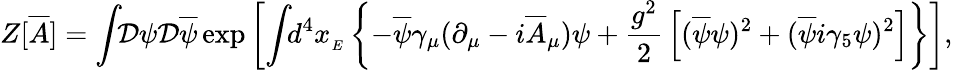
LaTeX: Z[{\overline{{{A}}}}]=\int\! \! {\mathcal{D}}\psi{\mathcal{D}}{\overline{{\psi}}}\exp\left[\int\! \! d^{4}x_{_{E}}\left\{ -{\overline{{\psi}}}\gamma_{\mu}(\partial_{\mu}-i{\overline{{{A}}}}_{\mu})\psi+{\frac{g^{2}}{2}}\left[({\overline{{\psi}}}\psi)^{2}+({\overline{{\psi}}}i\gamma_{5}\psi)^{2}\right]\right\} \right],